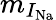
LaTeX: m_{I_{\mathrm{Na}}}